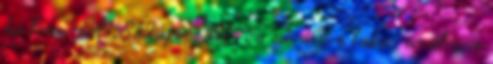
ha lenne hol. Budapest bel- és sűrűbben lakott területein